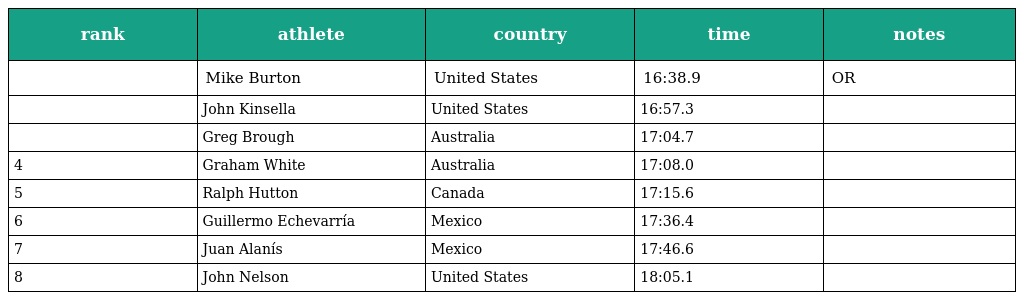
| rank | athlete | country | time | notes |
 | --- | --- | --- | --- | --- |
 |  | Mike Burton | United States | 16:38.9 | OR |
 |  | John Kinsella | United States | 16:57.3 |  |
 |  | Greg Brough | Australia | 17:04.7 |  |
 | 4 | Graham White | Australia | 17:08.0 |  |
 | 5 | Ralph Hutton | Canada | 17:15.6 |  |
 | 6 | Guillermo Echevarría | Mexico | 17:36.4 |  |
 | 7 | Juan Alanís | Mexico | 17:46.6 |  |
 | 8 | John Nelson | United States | 18:05.1 |  |